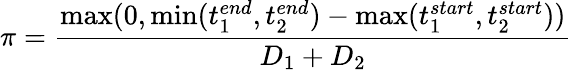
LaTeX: \pi=\frac{\operatorname*{max}(0,\operatorname*{min}(t_{1}^{end},t_{2}^{end})-\operatorname*{max}(t_{1}^{start},t_{2}^{start}))}{D_{1}+D_{2}}